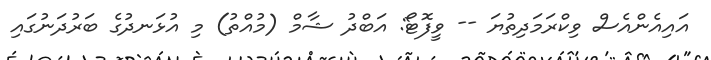
އައިއެންއެސް ވިކްރަމަދިތުޔަ -- ވީފޮޓޯ: އަބްދު ޝާމް (މުއްތު) މި އުޅަނދުގެ ބަރުދަނުގައި